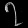
Digit: ၇